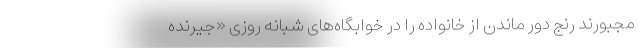
مجبورند رنج دور ماندن از خانواده را در خوابگاه‌های شبانه روزی «جیرنده